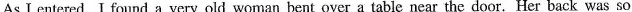
As I entered, I found a very old woman bent over a table near the door.Her back was so